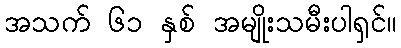
အသက် ၆၁ နှစ် အမျိုးသမီးပါရှင်။